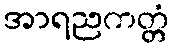
အာရညကတ္တံ